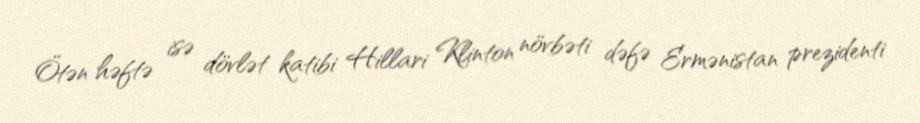
Ötən həftə isə dövlət katibi Hillari Klinton növbəti dəfə Ermənistan prezidenti